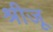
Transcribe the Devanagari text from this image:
श्रीजू